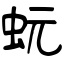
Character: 蚖